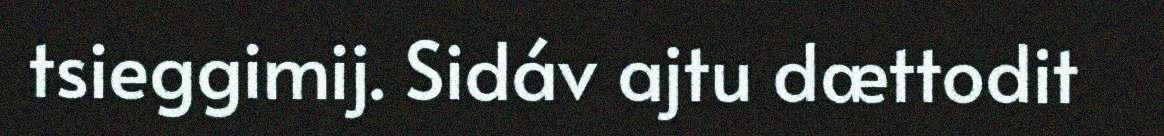
tsieggimij. Sidáv ajtu dættodit